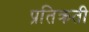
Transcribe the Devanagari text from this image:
प्रतिक्रती